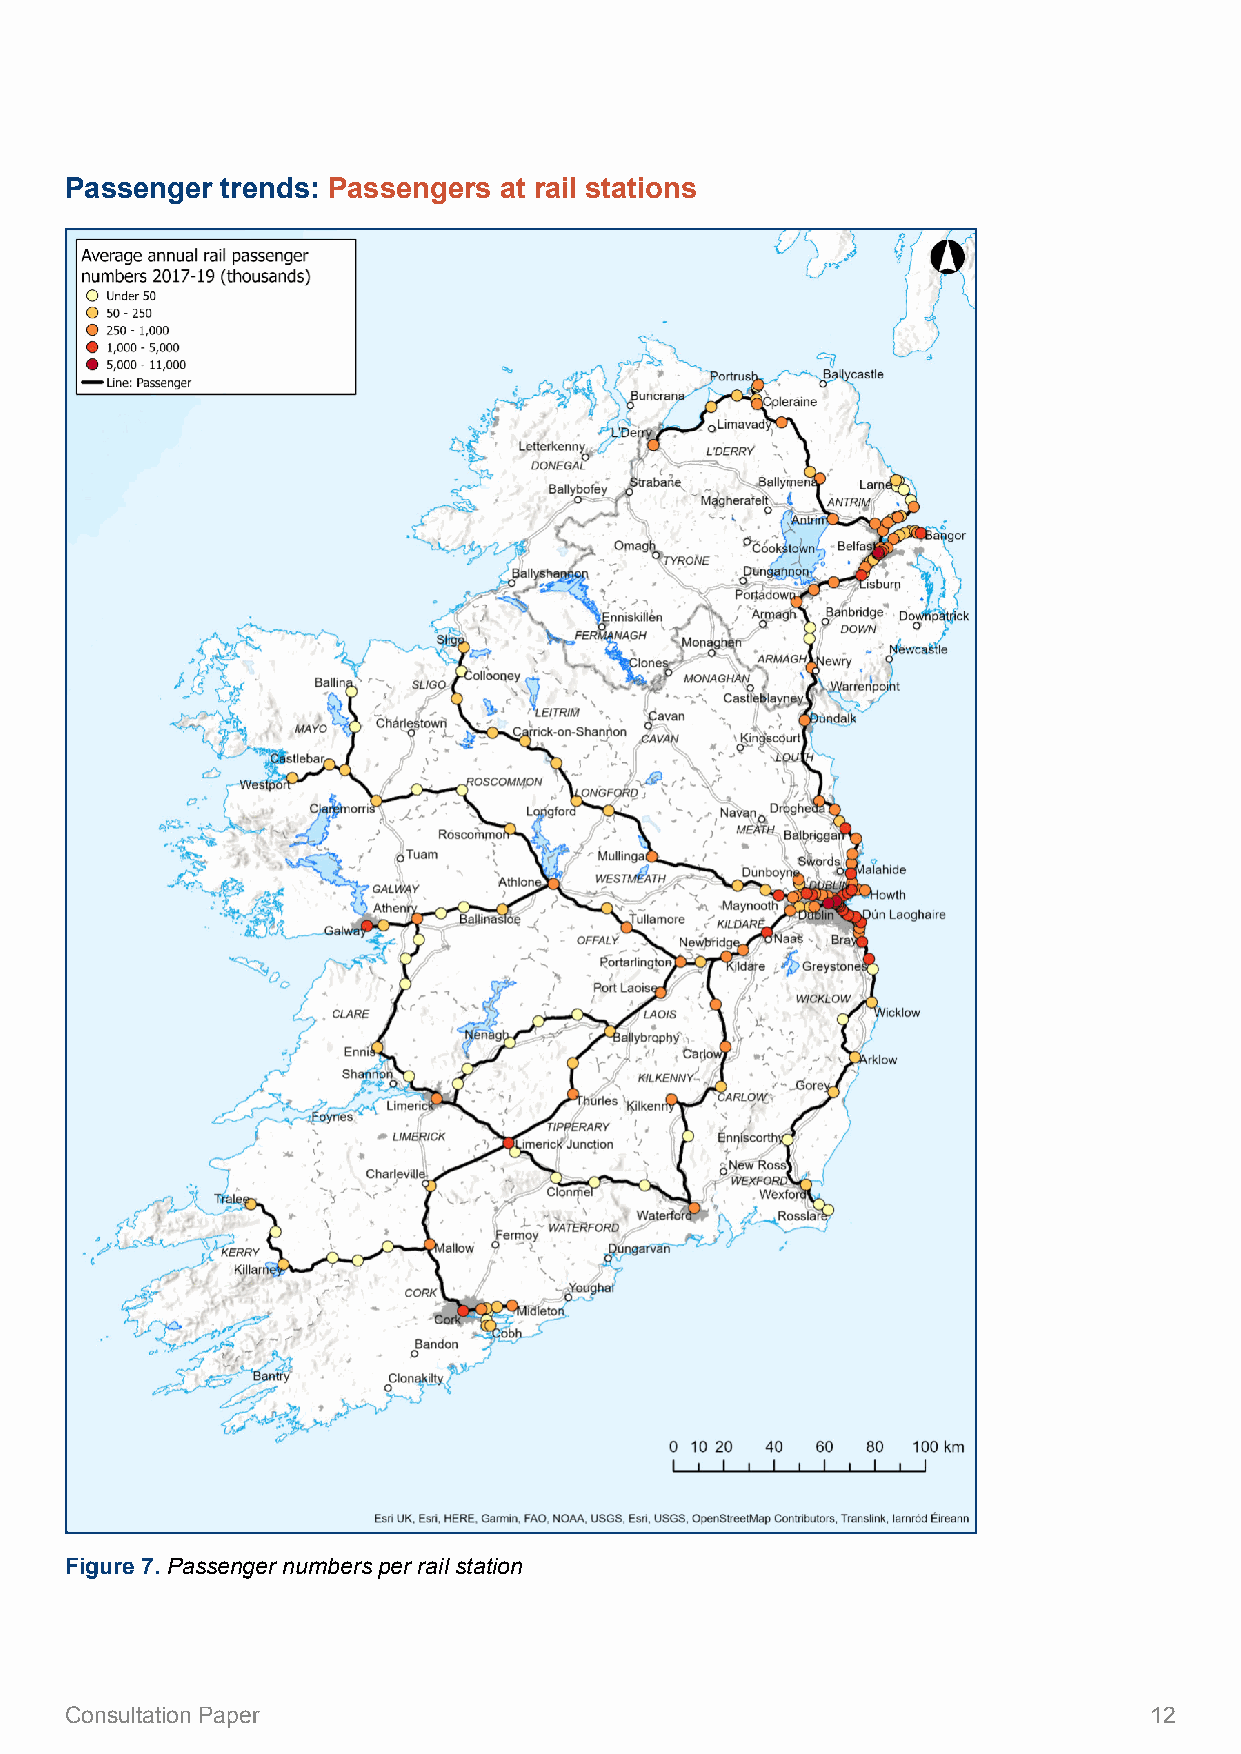
Passenger  trends: Passengers at rail stations
 Figure 7. Passenger numbers per rail station
 Consultation Paper                                                      12